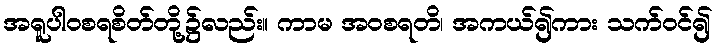
အရူပါဝစရစိတ်တို့၌လည်း။ ကာမ အဝစရတိ၊ အကယ်၍ကား သက်ဝင်၍